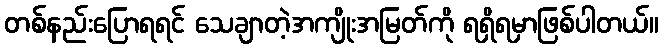
တစ်နည်းပြောရရင် သေချာတဲ့အကျိုးအမြတ်ကို ရရှိရမှာဖြစ်ပါတယ်။